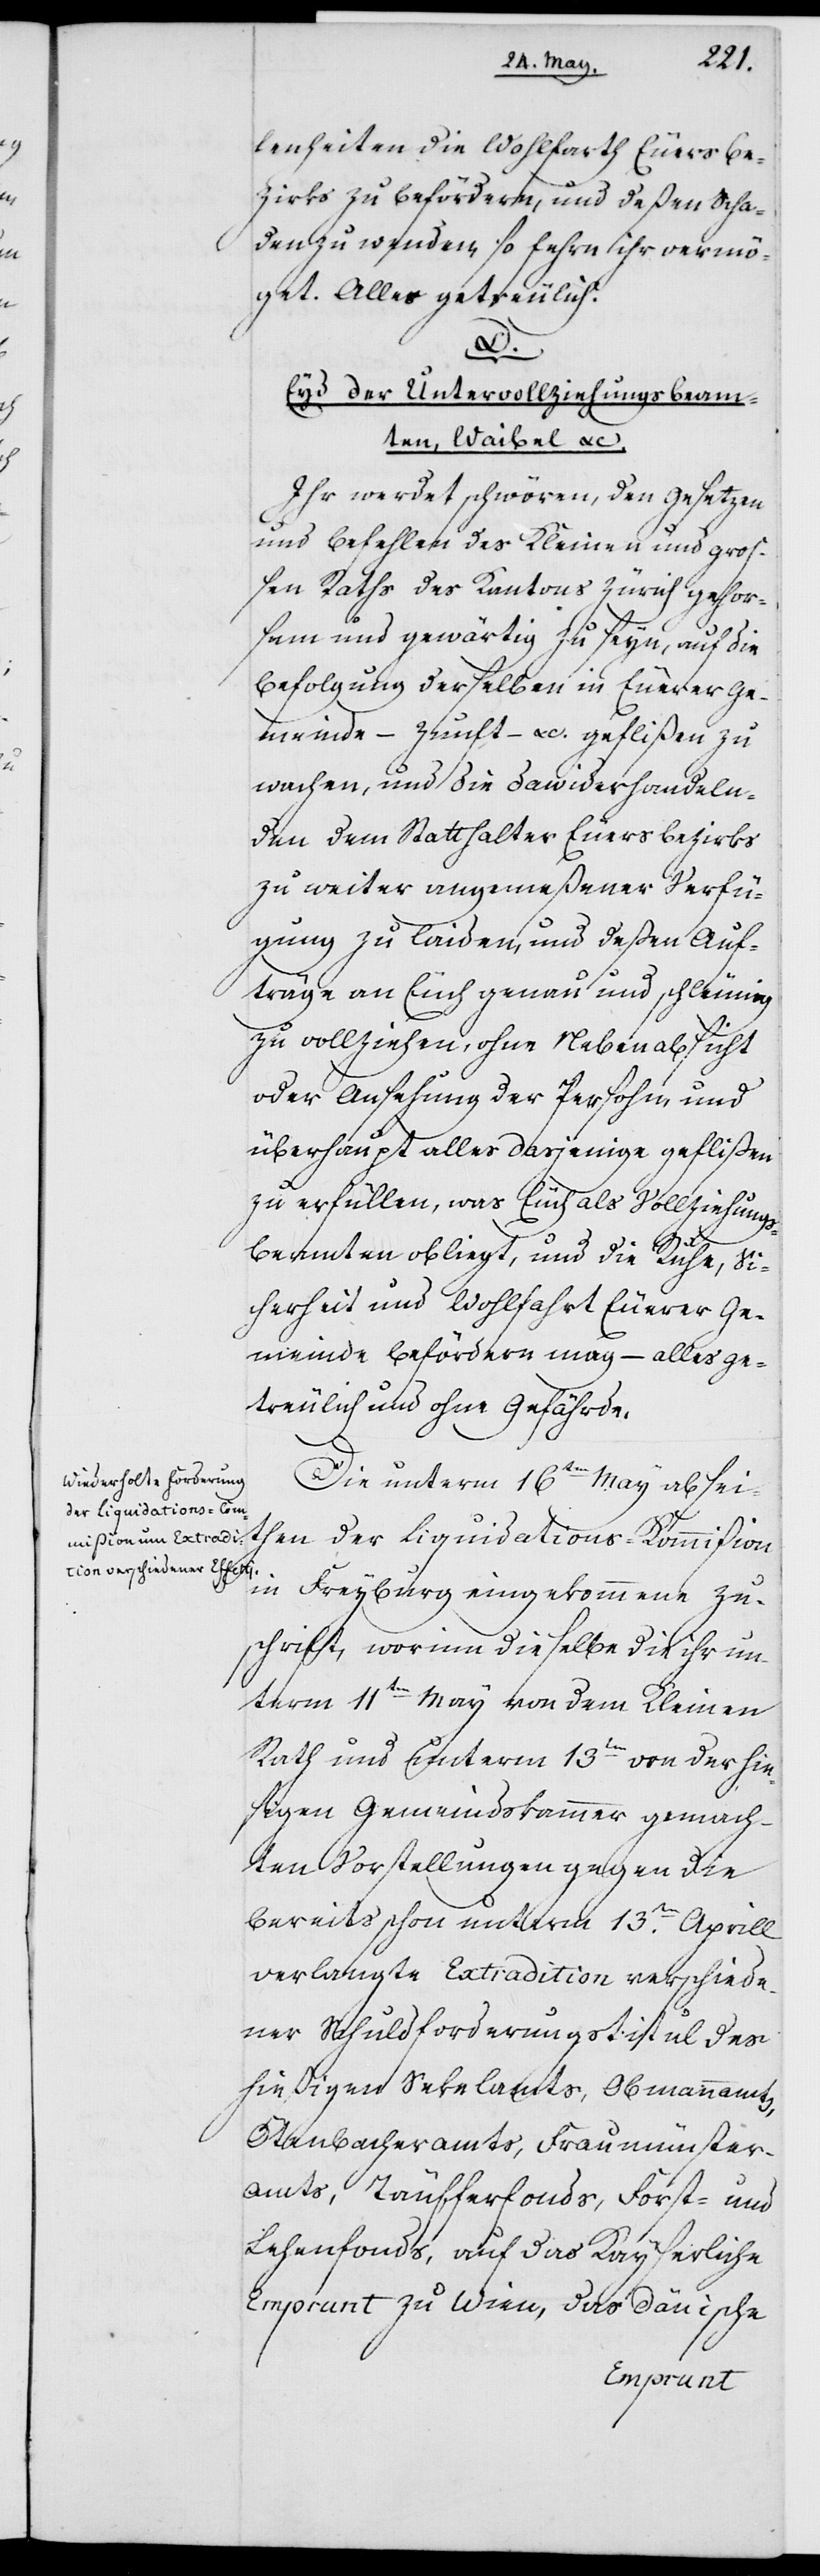
lenheiten die Wohlfarth Euers Be¬
zirks zu befördern, und deßen Scha¬
den zu wenden, so fehrn ihr vermö¬
get. Alles getreulich.
D.
Eyd der Untervollziehungsbeam¬
ten, Waibel etc.
Ihr werdet schwören, den Gesetzen
und Befehlen der Kleinen und groß¬
en Raths des Kantons Zürich gehor¬
sam und gewärtig zu seyn, auf die
Befolgung derselben in Euerer Ge¬
meinde – Zunft – etc. geflißen zu
wachen, und die Dawiderhandeln¬
den dem Statthalter Euers Bezirks
zu weiter angemeßener Verfü¬
gung zu laiden, und deßen Auf¬
träge an Euch genau und schleunig
zu vollziehen, ohne Nebenabsicht
oder Ansehung der Persohn und
überhaupt alles dasjenige geflißen
zu erfüllen, was Euch als Vollziehungs¬
beamten obliegt, und die Ruhe, Si¬
cherheit und Wohlfahrt Euerer Ge¬
meinde befördern mag – alles ge¬
treulich und ohne Gefährde.
Die unterm 16ten May absei¬
ten der Liquidations-Kommißion
in Freyburg eingekommene Zu¬
schrift, worinn dieselbe die ihr un¬
term 11ten May von dem Kleinen
Rath und unterm 13ten von der hie¬
sigen Gemeindskammer gemach¬
ten Vorstellungen gegen die
bereits schon unterm 13ten Aprill
verlangte Extradition verschiede¬
ner Schuldforderungstitul des
hießigen Sekelamts, Obmannamts,
Ötenbacheramts, Fraumünster¬
amts, Täufferfonds, Forst- und
Lehenfonds, auf das Kayserliche
Emprunt zu Wien, das Dänische